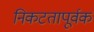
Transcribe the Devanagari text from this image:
निकटतापूर्वक